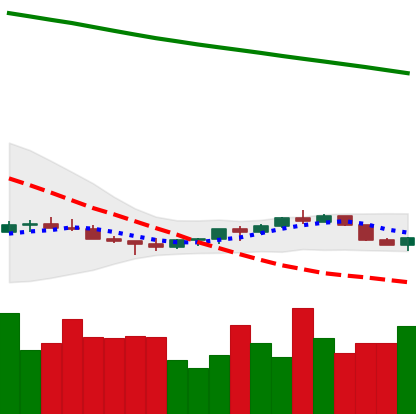
Ticker: EOS-USD
Chart end date: 2022-07-13
Forward return: 11.436%
Label: up_7plus